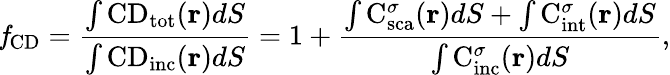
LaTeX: \mathit{f}_{\mathrm{{CD}}}=\frac{\int\mathrm{{CD}}_{\mathrm{{tot}}}({\mathbf r})dS}{\int\mathrm{{CD}}_{\mathrm{{inc}}}({\mathbf r})dS}=1+\frac{\int\mathrm{{C}}_{\mathrm{{sca}}}^{\sigma}({\mathbf r})dS+\int\mathrm{{C}}_{\mathrm{{int}}}^{\sigma}({\mathbf r})dS}{\int\mathrm{{C}}_{\mathrm{{inc}}}^{\sigma}({\mathbf r})dS},